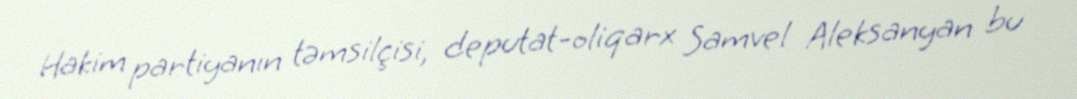
Hakim partiyanın təmsilçisi, deputat-oliqarx Samvel Aleksanyan bu